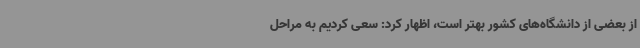
از بعضی از دانشگاه‌های کشور بهتر است، اظهار کرد: سعی کردیم به مراحل